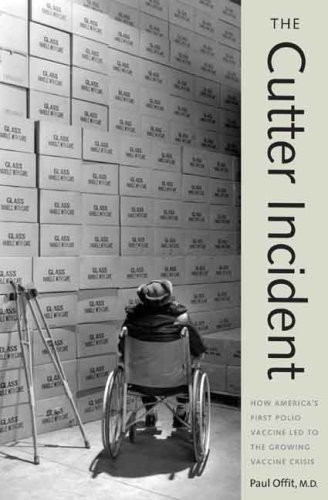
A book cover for The Cutter Incident: How AmericaEEs First Polio Vaccine Led to the Growing Vaccine Crisis; Paul A. Offit; Medical Books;